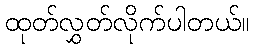
ထုတ်လွှတ်လိုက်ပါတယ်။